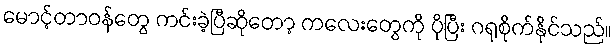
မောင့်တာဝန်တွေ ကင်းခဲ့ပြီဆိုတော့ ကလေးတွေကို ပိုပြီး ဂရုစိုက်နိုင်သည်။